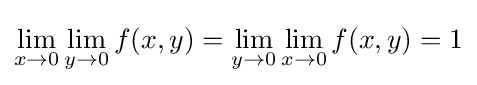
\lim _{x\to 0}\lim _{y\to 0}f(x,y)=\lim _{y\to 0}\lim _{x\to 0}f(x,y)=1